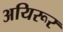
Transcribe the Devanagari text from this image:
अयिरूर